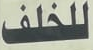
للخلف